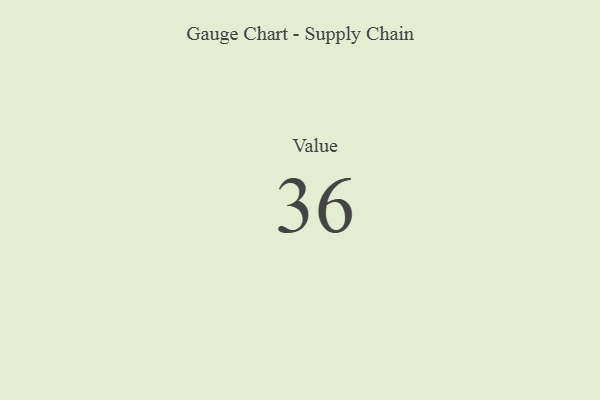
{"axis": {"x": "Metric", "y": "Value"}, "legend": [""], "data": [{"x": "Value", "y": 36, "type": ""}]}